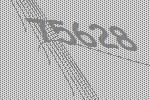
75628